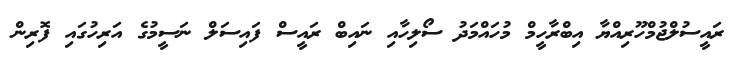
ރައީސުލްޖުމްހޫރިއްޔާ އިބްރާހީމް މުހައްމަދު ސޯލިހާއި ނައިބް ރައީސް ފައިސަލް ނަސީމުގެ އަރިހުގައި ފޮރިން